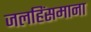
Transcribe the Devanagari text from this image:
जलहिंसमाना